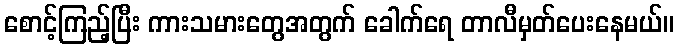
စောင့်ကြည့်ပြီး ကားသမားတွေအတွက် ခေါက်ရေ တာလီမှတ်ပေးနေမယ်။